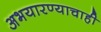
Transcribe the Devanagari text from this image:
अभयारण्याचाही